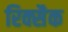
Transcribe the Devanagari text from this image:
रिक्सैक